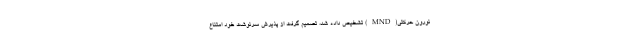
نورون حرکتی(MND) تشخیص داده شد، تصمیم گرفت از پذیرش سرنوشت خود امتناع